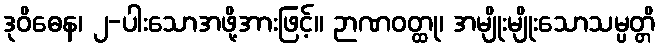
ဒုဝိဓေန၊ ၂-ပါးသောအဖို့အားဖြင့်။ ဉာဏဝတ္ထု၊ အမျိုးမျိုးသောသမ္ပတ္တိ